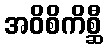
အဝိစိကိစ္ဆီ